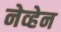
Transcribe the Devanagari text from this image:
नेव्हेन